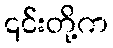
၎င်းတို့က